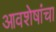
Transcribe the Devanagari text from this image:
आवशेषांचा